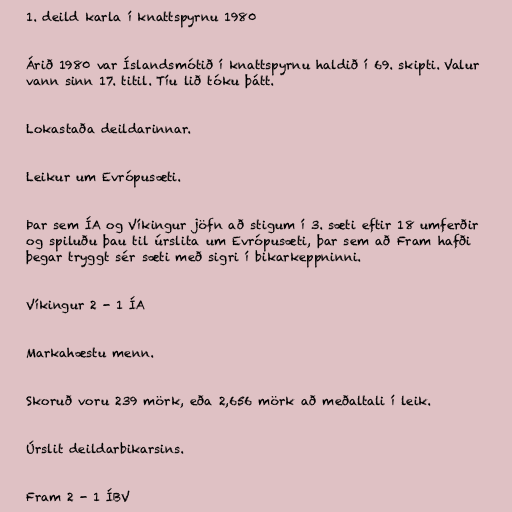
1. deild karla í knattspyrnu 1980

Árið 1980 var Íslandsmótið í knattspyrnu haldið í 69. skipti. Valur
vann sinn 17. titil. Tíu lið tóku þátt.

Lokastaða deildarinnar.

Leikur um Evrópusæti.

Þar sem ÍA og Víkingur jöfn að stigum í 3. sæti eftir 18 umferðir
og spiluðu þau til úrslita um Evrópusæti, þar sem að Fram hafði
þegar tryggt sér sæti með sigri í bikarkeppninni.

Víkingur 2 - 1 ÍA

Markahæstu menn.

Skoruð voru 239 mörk, eða 2,656 mörk að meðaltali í leik.

Úrslit deildarbikarsins.

Fram 2 - 1 ÍBV